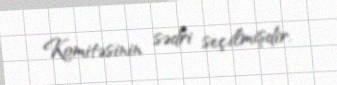
Komitəsinin sədri seçilmişdir.